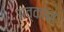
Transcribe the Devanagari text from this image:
अव्काश